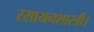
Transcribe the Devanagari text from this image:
रसायनशास्त्री।